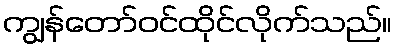
ကျွန်တော်ဝင်ထိုင်လိုက်သည်။